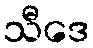
သီဒေ